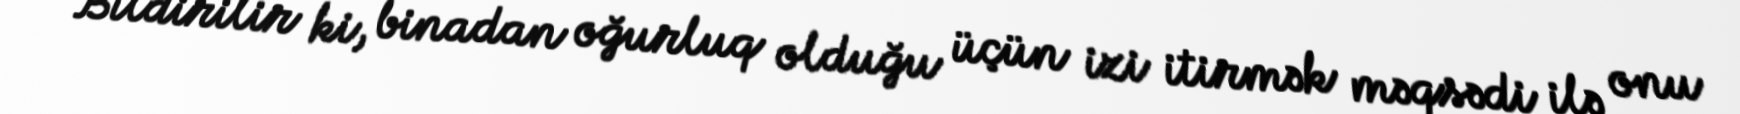
Bildirilir ki, binadan oğurluq olduğu üçün izi itirmək məqsədi ilə onu